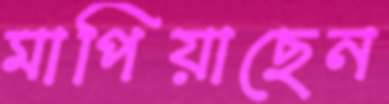
মাপিয়াছেন